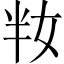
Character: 𡛤